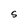
Character: S